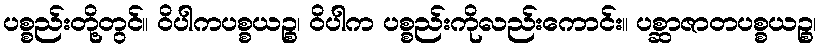
ပစ္စည်းတို့တွင်။ ဝိပါကပစ္စယဉ္စ၊ ဝိပါက ပစ္စည်းကိုလည်းကောင်း။ ပစ္ဆာဇာတပစ္စယဉ္စ၊